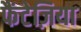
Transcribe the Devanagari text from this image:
फैंटेज़िया